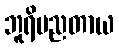
ဘူရိပညတာယ